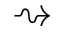
\rightsquigarrow